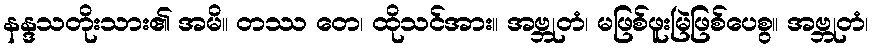
နန္ဒသတိုးသား၏ အမိ။ တဿ တေ၊ ထိုသင်အား။ အဗ္ဘုတံ၊ မဖြစ်ဖူးမြဲဖြစ်ပေစွ။ အဗ္ဘုတံ၊